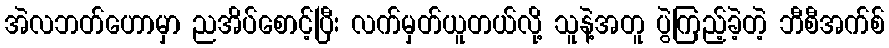
အဲလဘတ်ဟောမှာ ညအိပ်စောင့်ပြီး လက်မှတ်ယူတယ်လို့ သူနဲ့အတူ ပွဲကြည့်ခဲ့တဲ့ ဘီစီအက်စ်